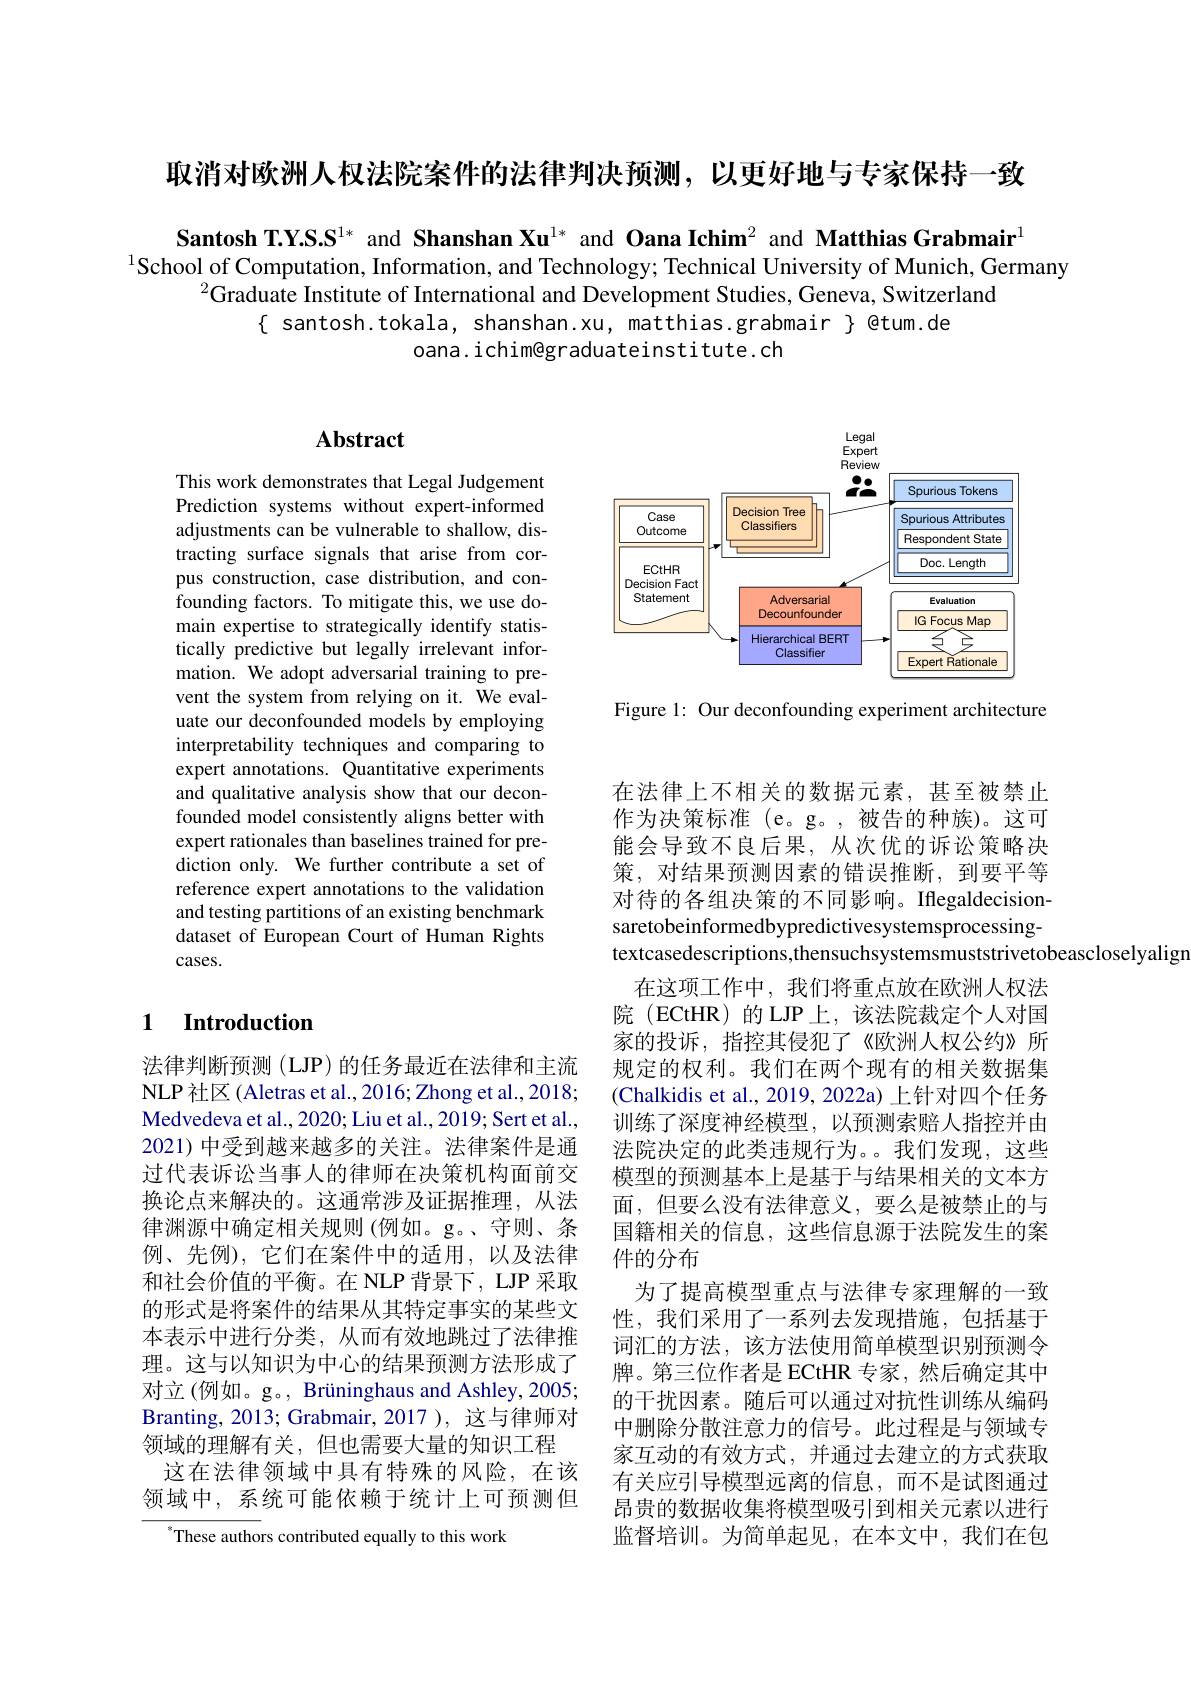
取消对欧洲人权法院案件的法律判决预测，以更好地与专家保持一致

Santosh T.Y.S.S$^{1*}$ and Shanshan Xu$^{1*}$ and Oana Ichim$^{2}$ and Matthias Grabmair$^{1}$
$^{1}$School of Computation, Information, and Technology; Technical University of Munich, Germany
$^{2}$Graduate Institute of International and Development Studies, Geneva, Switzerland
$\{$ santosh.tokala, shanshan.xu, matthias.grabmair $\}$ @tum.de
oana. ichim@graduateinstitute.ch

<FigureHere>

Figure 1: Our deconfounding experiment architecture

## $\mathbf{Abstract}$

This work demonstrates that Legal Judgement Prediction systems without expert-informed adjustments can be vulnerable to shallow, distracting surface signals that arise from corpus construction, case distribution, and confounding factors. To mitigate this, we use domain expertise to strategically identify statistically predictive but legally irrelevant information. We adopt adversarial training to prevent the system from relying on it. We evaluate our deconfounded models by employing interpretability techniques and comparing to expert annotations. Quantitative experiments and qualitative analysis show that our deconfounded model consistently aligns better with expert rationales than baselines trained for prediction only. We further contribute a set of reference expert annotations to the validation and testing partitions of an existing benchmark dataset of European Court of Human Rights cases.

### 1 $\textbf{Introduction}$

法律判断预测 (LJP) 的任务最近在法律和主流NLP 社区 (Aletras et al., 2016; Zhong et al., 2018; Medvedeva et al., 2020; Liu et al., 2019; Sert et al., 2021) 中受到越来越多的关注。法律案件是通过代表诉讼当事人的律师在决策机构面前交换论点来解决的。这通常涉及证据推理，从法律渊源中确定相关规则(例如。g。、守则、条例、先例),它们在案件中的适用，以及法律和社会价值的平衡。在 NLP 背景下，LJP 采取的形式是将案件的结果从其特定事实的某些文本表示中进行分类，从而有效地跳过了法律推理。这与以知识为中心的结果预测方法形成了对立(例如。g。, Brüninghaus and Ashley, 2005; Branting, 2013; Grabmair, 2017 ), 这与律师对领域的理解有关，但也需要大量的知识工程
这在法律领域中具有特殊的风险，在该领域中，系统可能依赖于统计上可预测但

$^{*}$These authors contributed equally to this work

在法律上不相关的数据元素，甚至被禁止作为决策标准(e。g。,被告的种族)。这可能会导致不良后果，从次优的诉讼策略决策，对结果预测因素的错误推断，到要平等对待的各组决策的不同影响。Iflegaldecisionsaretobeinformedbypredictivesystemsprocessingtextcasedescriptions,thensuchsystemsmuststrivetobeascloselyaligr
在这项工作中，我们将重点放在欧洲人权法院(ECtHR)的LJP上，该法院裁定个人对国家的投诉，指控其侵犯了《欧洲人权公约》所规定的权利。我们在两个现有的相关数据集(Chalkidis et al., 2019, 2022a) 上针对四个任务训练了深度神经模型，以预测索赔人指控并由法院决定的此类违规行为。。我们发现，这些模型的预测基本上是基于与结果相关的文本方面，但要么没有法律意义，要么是被禁止的与国籍相关的信息，这些信息源于法院发生的案件的分布
为了提高模型重点与法律专家理解的一致性，我们采用了一系列去发现措施，包括基于词汇的方法，该方法使用简单模型识别预测令牌。第三位作者是 ECtHR 专家，然后确定其中的干扰因素。随后可以通过对抗性训练从编码中删除分散注意力的信号。此过程是与领域专家互动的有效方式，并通过去建立的方式获取有关应引导模型远离的信息，而不是试图通过昂贵的数据收集将模型吸引到相关元素以进行监督培训。为简单起见，在本文中，我们在包